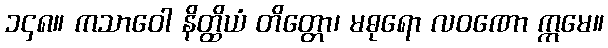
၁၄၈။ ကသာဝေါ နိတ္ထိယံ တိတ္တော၊ မဓုရော လဝဏော ဣမေ။